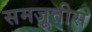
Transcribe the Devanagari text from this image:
समजूतीस